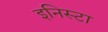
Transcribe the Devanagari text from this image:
इनिस्टा